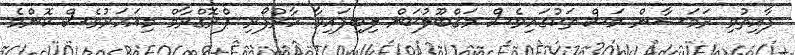
ފާއިތުވި ރަމަޟާން މަސް ތަކުގައިވެސް މަޤްބޫލުކަން ލިބިފައިވާ ހާރުފޯރި ޕްރޮގްރާމް މިއަހަރުވެސް ކޮންމެ